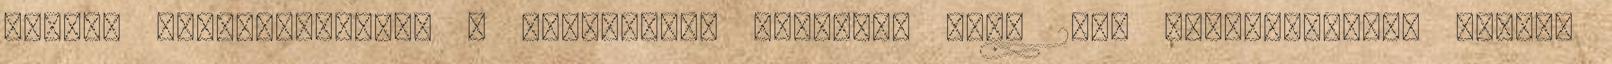
kitevő nemzetiségeket a képviselők kevesebb mint 2%-a reprezentálta magyar